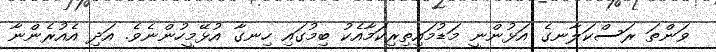
ވަންތަ ރަސްކަލާނގެ އަޅުންނީ މަޑުމައިތިރިކަމާއެކު ބިމުގައި ހިނގާ އުޅޭމީހުންނެވެ. އަދި އެއުރެންނާ